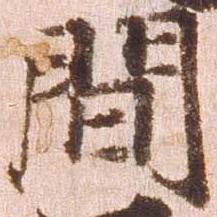
間